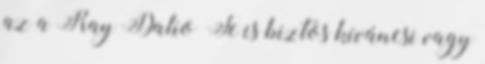
az a Ray Dalio Te is biztos kíváncsi vagy